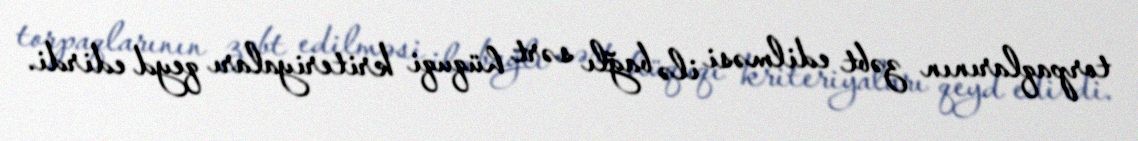
torpaqlarının zəbt edilməsi ilə bağlı sərt hüquqi kriteriyaları qeyd edirdi.